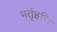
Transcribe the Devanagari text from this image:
भर्तृहरि।